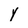
Character: y